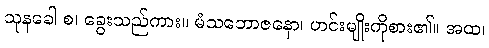
သုနခေါ စ၊ ခွေးသည်ကား။ မံသဘောဇနော၊ ဟင်းမျိုးကိုစား၏။ အထ၊